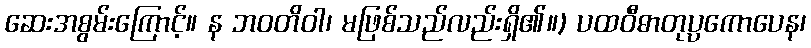
ဆေးအစွမ်းကြောင့်။ န ဘဝတိဝါ၊ မဖြစ်သည်လည်းရှိ၏။) ပထဝီဓာတုပ္ပကောပေန၊